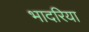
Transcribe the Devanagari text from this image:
भादरिया